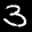
Label: 3